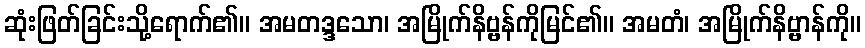
ဆုံးဖြတ်ခြင်းသို့ရောက်၏။ အမတဒ္ဒသော၊ အမြိုက်နိဗ္ဗန်ကိုမြင်၏။ အမတံ၊ အမြိုက်နိဗ္ဗာန်ကို။